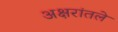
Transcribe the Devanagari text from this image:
अक्षरांतले